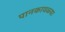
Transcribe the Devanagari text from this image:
पानकावळ्या